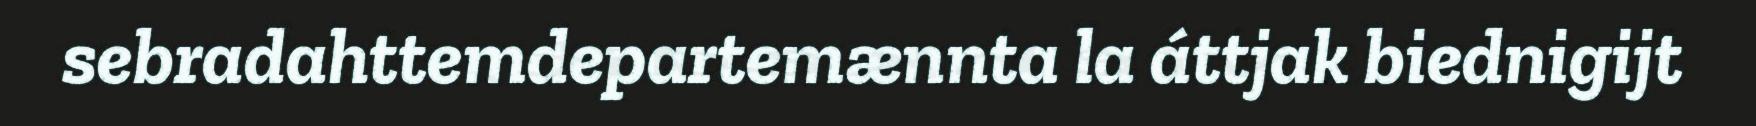
sebradahttemdepartemænnta la áttjak biednigijt